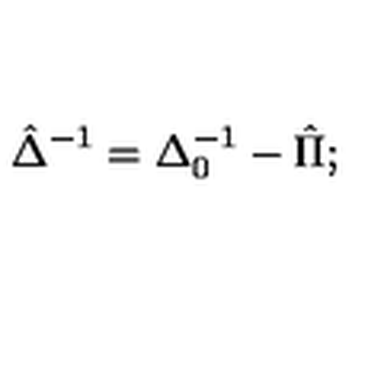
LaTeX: \hat { \Delta } ^ { - 1 } = \Delta _ { 0 } ^ { - 1 } - \hat { \Pi } ;